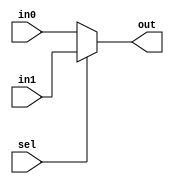
module mux2
  (input [7:0] in0, in1,
   input        sel,
   output [7:0] out);

   assign out = (sel)?in1:in0;
   
endmodule // mux2